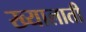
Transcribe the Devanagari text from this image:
ख्यालाती